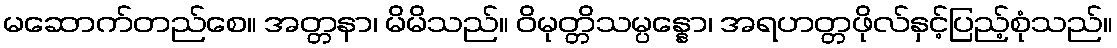
မဆောက်တည်စေ။ အတ္တနာ၊ မိမိသည်။ ဝိမုတ္တိသမ္ပန္နော၊ အရဟတ္တဖိုလ်နှင့်ပြည့်စုံသည်။